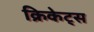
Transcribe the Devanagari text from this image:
क्रिकेट्स